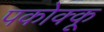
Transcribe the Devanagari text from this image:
पकोक्कू